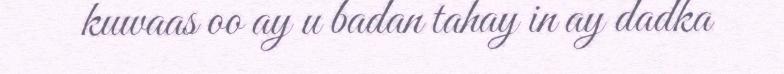
kuwaas oo ay u badan tahay in ay dadka